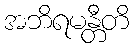
အဘိရမန္တီတိ